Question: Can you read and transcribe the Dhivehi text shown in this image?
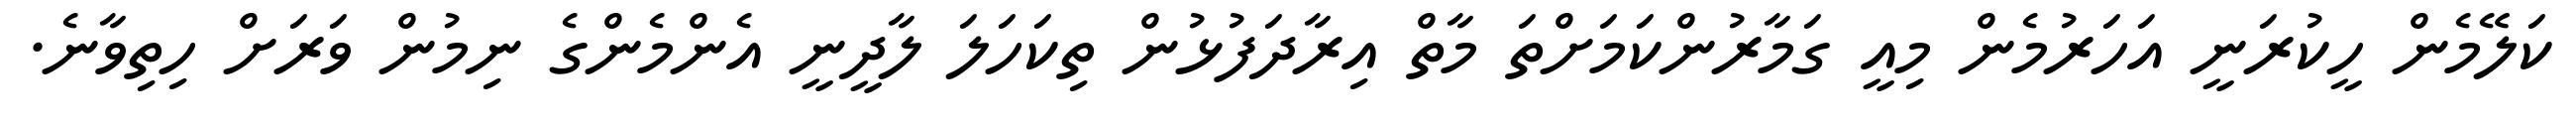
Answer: ކަލޭމެން ހީކުރަނީ އަހަރުމެން މިއީ ގަމާރުންކަމަށްތަ މާތް އިރާދަފުޅުން ތިކަހަލަ ލާދީނީ އެންމެންގެ ނިމުން ވަރަށް ހިތިވާނެ.